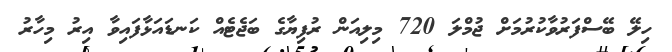
ހިލޭ ބޭސްފަރުވާކުރުމަށް ޖުމްލަ 720 މިލިއަން ރުފިޔާގެ ބަޖެޓެއް ކަނޑައަޅާފައިވާ އިރު މިހާރު